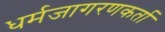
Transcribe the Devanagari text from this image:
धर्मजागरणकर्ता